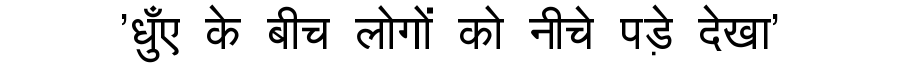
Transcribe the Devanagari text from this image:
'धुँए के बीच लोगों को नीचे पड़े देखा'